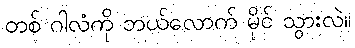
တစ် ဂါလံကို ဘယ်လောက် မိုင် သွားလဲ။